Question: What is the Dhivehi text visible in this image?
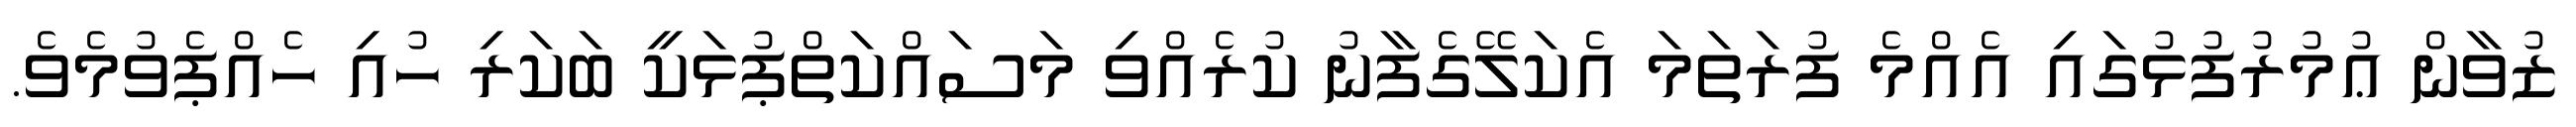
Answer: ޒުވާން ޢުމުރުފުޅުގައި އެއްމެ ފުރަތަމަ އެކަލޭގެފާނު ކުރެއްވި މަސައްކަތްޕުޅަކީ ބަކަރި ހުއި ހެއްޕެވުމެވެ.